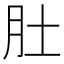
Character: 肚